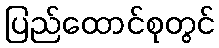
ပြည်ထောင်စုတွင်